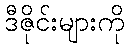
ဒီဇိုင်းများကို